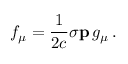
f _ { \mu } = \frac { 1 } { 2 c } \boldsymbol { \sigma } \mathbf { p } \, g _ { \mu } \, .